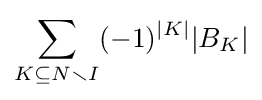
\sum _{K\subseteq N\smallsetminus I}(-1)^{|K|}|B_{K}|